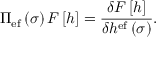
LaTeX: \Pi _ { \mathrm { e f } } \left( \sigma \right) { \cal F } \left[ h \right] = \frac { \delta { \cal F } \left[ h \right] } { \delta h ^ { \mathrm { e f } } \left( \sigma \right) } .